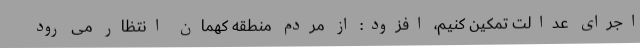
اجرای عدالت تمکین کنیم، افزود: از مردم منطقه کهمان انتظار می رود